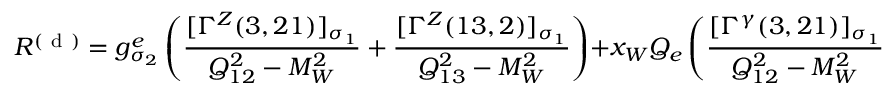
{ \cal R } ^ { ( \mathrm { ~ d ~ } ) } = g _ { \sigma _ { 2 } } ^ { e } \left( \frac { [ \Gamma ^ { Z } ( 3 , 2 1 ) ] _ { \sigma _ { 1 } } } { Q _ { 1 2 } ^ { 2 } - M _ { W } ^ { 2 } } + \frac { [ \Gamma ^ { Z } ( 1 3 , 2 ) ] _ { \sigma _ { 1 } } } { Q _ { 1 3 } ^ { 2 } - M _ { W } ^ { 2 } } \right) + x _ { W } Q _ { e } \left( \frac { [ \Gamma ^ { \gamma } ( 3 , 2 1 ) ] _ { \sigma _ { 1 } } } { Q _ { 1 2 } ^ { 2 } - M _ { W } ^ { 2 } } + \frac { [ \Gamma ^ { \gamma } ( 1 3 , 2 ) ] _ { \sigma _ { 1 } } } { Q _ { 1 3 } ^ { 2 } - M _ { W } ^ { 2 } } \right) \; .